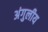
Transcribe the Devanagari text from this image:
अंगुलीय